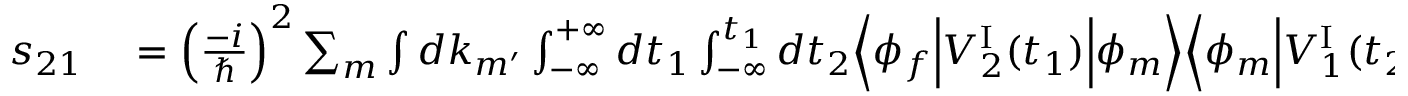
\begin{array} { r l } { s _ { 2 1 } } & { { } = \Big ( \frac { - i } { \hbar } \Big ) ^ { 2 } \sum _ { m } \int d k _ { m ^ { \prime } } \int _ { - \infty } ^ { + \infty } d t _ { 1 } \int _ { - \infty } ^ { t _ { 1 } } d t _ { 2 } \Big \langle \phi _ { f } \Big \vert { \cal V } _ { 2 } ^ { \mathrm { I } } ( t _ { 1 } ) \Big \vert \phi _ { m } \Big \rangle \Big \langle \phi _ { m } \Big \vert { \cal V } _ { 1 } ^ { \mathrm { I } } ( t _ { 2 } ) \Big \vert \phi _ { i } \Big \rangle , } \end{array}